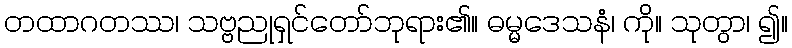
တထာဂတဿ၊ သဗ္ဗညုရှင်တော်ဘုရား၏။ ဓမ္မဒေသနံ၊ ကို။ သုတွာ၊ ၍။